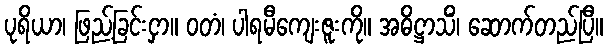
ပုရိယာ၊ ဖြည့်ခြင်းငှာ။ ဝတံ၊ ပါရမီကျေးဇူးကို။ အဓိဋ္ဌာသိံ၊ ဆောက်တည်ပြီ။